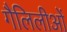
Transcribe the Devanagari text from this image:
गैलिलीओं